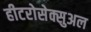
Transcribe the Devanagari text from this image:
हीटरोसेक्सुअल